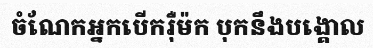
ចំណែកអ្នកបើករ៉ឺម៉ក បុកនឹងបង្គោល